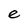
Character: e